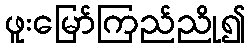
ဖူးမြော်ကြည်ညို၍